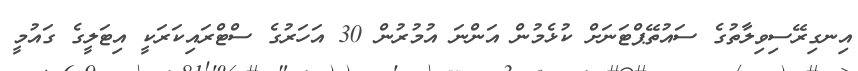
އިނގިރޭސިވިލާތުގެ ސައުތޭޕްޓަނަށް ކުޅެމުން އަންނަ އުމުރުން 30 އަހަރުގެ ސްޓްރައިކަރަކީ އިޓަލީގެ ގައުމީ